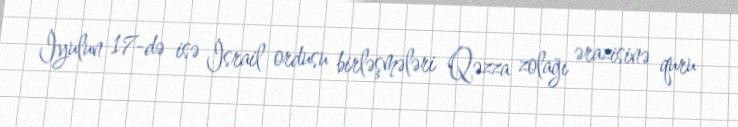
İyulun 17-də isə İsrail ordusu birləşmələri Qəzza zolağı ərazisinə quru